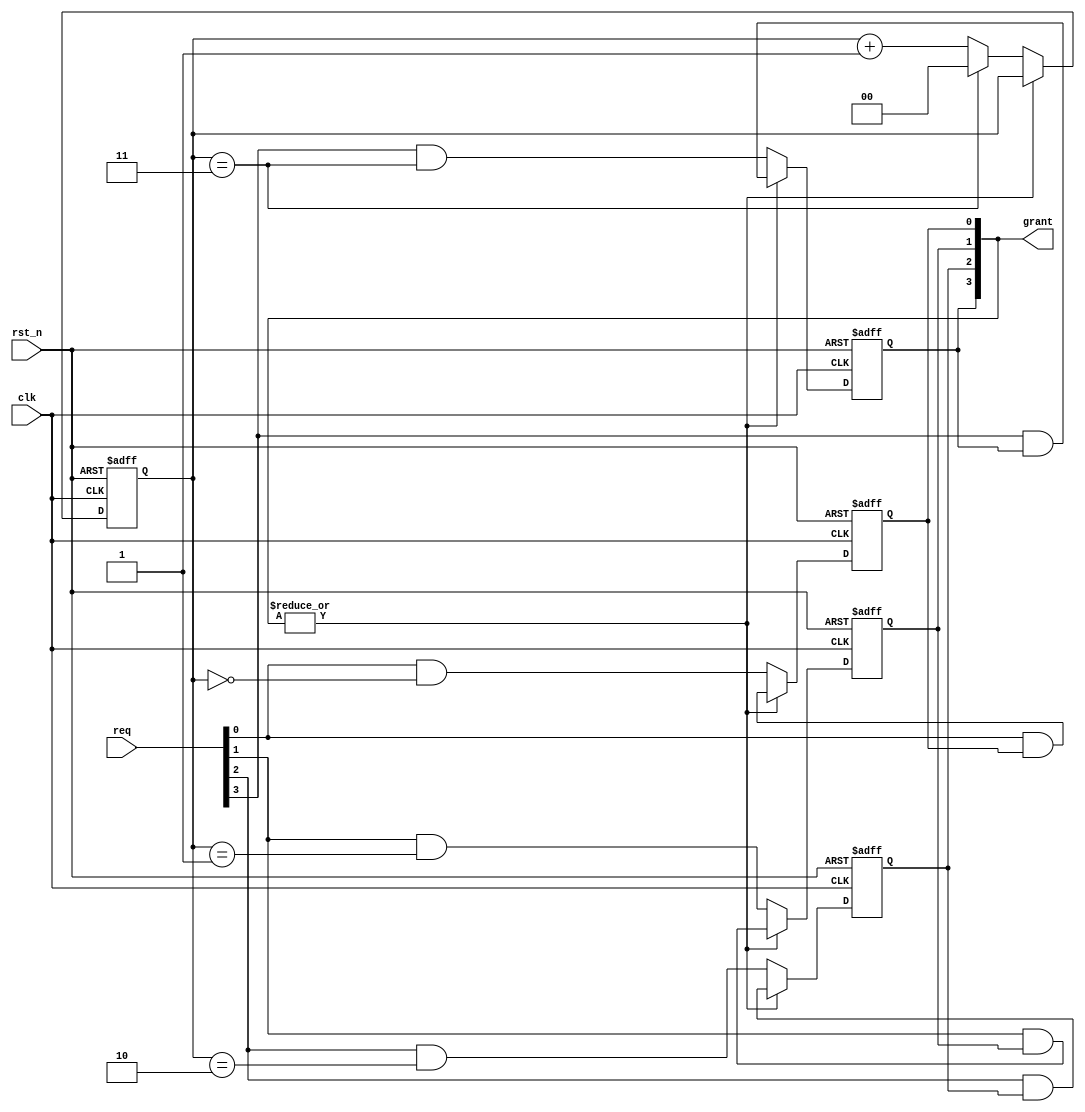
//-------------------------------------------
//Website: http://nguyenquanicd.blogspot.com/
//Function: Simple Round Robin (RR) Arbiter
//  - Only use a counter to share access right
//  - One request source, one time slice/slot
//-------------------------------------------
module ArbSimpleRR (
  clk,
  rst_n,
  req,
  grant
  );
  parameter REQ_NUM    = 4;
  parameter COUNTER_W  = clog2(REQ_NUM);
  //
  input  clk;
  input  rst_n;
  input  [REQ_NUM-1:0] req;
  output reg [REQ_NUM-1:0] grant;
  //
  reg [COUNTER_W-1:0] rrCounter;
  wire noGrant;
  //
  assign noGrant    = ~|grant[REQ_NUM-1:0];
  //
  always @ (posedge clk, negedge rst_n) begin
    if (~rst_n)
	    rrCounter[COUNTER_W-1:0] <= {COUNTER_W{1'b0}}; 
	  else if (noGrant) begin
	    if (rrCounter[COUNTER_W-1:0] == REQ_NUM-1)
	      rrCounter[COUNTER_W-1:0] <= {COUNTER_W{1'b0}};
	    else
	      rrCounter[COUNTER_W-1:0] <= rrCounter[COUNTER_W-1:0] + 1'b1;
	  end
  end
  //
  //Create grant
  generate
    genvar i;
    //
	  for (i = 0; i < REQ_NUM; i=i+1) begin: uGrant
      always @ (posedge clk, negedge rst_n) begin
        if (~rst_n)
	      grant[i] <= 1'b0;
	    else if (noGrant)
	      grant[i] <= req[i] & (rrCounter[COUNTER_W-1:0] == i);
      else
        grant[i] <= req[i] & grant[i];
      end
	  end //for loop
  endgenerate
  //
  //
  function integer clog2; 
    input integer value; 
    integer i; 
    begin 
      clog2 = 0; 
      for(i = 0; 2**i < value; i = i + 1) 
        clog2 = i + 1; 
      end 
  endfunction
endmodule //ArbSimpleRR